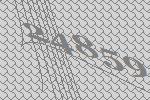
24859